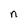
Character: n